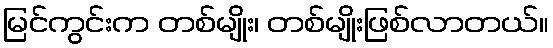
မြင်ကွင်းက တစ်မျိုး၊ တစ်မျိုးဖြစ်လာတယ်။